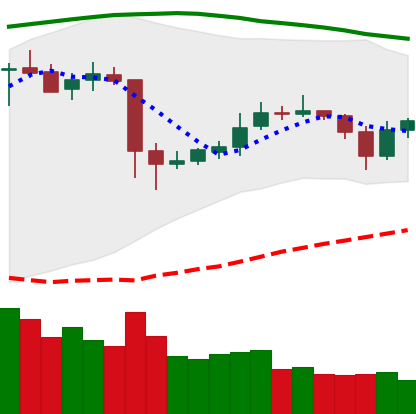
Ticker: ETC-USD
Chart end date: 2020-05-23
Forward return: 3.996%
Label: up_3_5